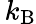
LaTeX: \, k_{\mathrm{{B}}}